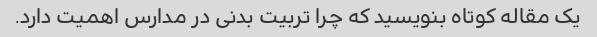
یک مقاله کوتاه بنویسید که چرا تربیت بدنی در مدارس اهمیت دارد.